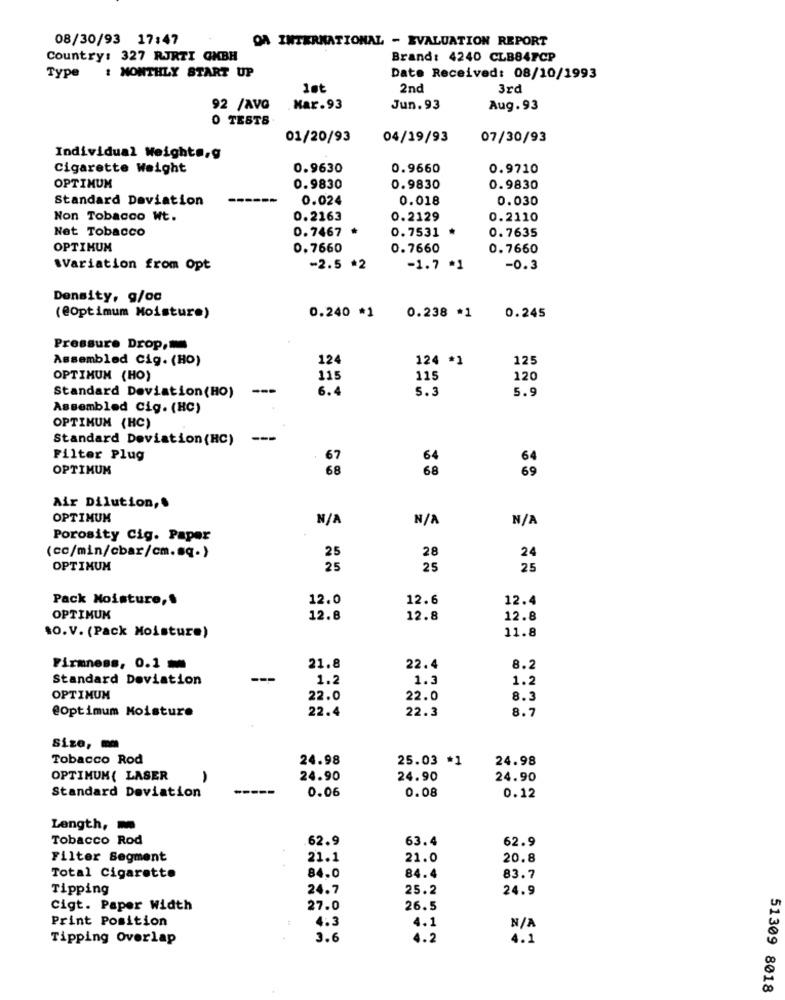
08/30/93 17:47
DA INTERNATIONAL - EVALUATION REPORT
Country: 327 RJRTI GMBH
Brand: 4240 CLB84FCP
Type
: MONTHLY START UP
Date Received: 08/10/1993
1st
2nd
3rd
92 /AVG
Har.93
Jun. 93
Aug. 93
0 TESTS
01/20/93
04/19/93
07/30/93
Individual Weighta,g
Cigarette Weight
0.9630
0.9660
0.9710
OPTIMUM
0.9830
0.9830
0.9830
Standard Deviation
0.024
0.018
0.030
Non Tobacco Wt.
0.2163
0.2129
0.2110
Net Tobacco
0.7467 *
0.7531
0.7635
OPTIKUM
0.7660
0.7660
0.7660
.Variation from Opt
-2.5 *2
-1.7 *1
-0.3
Density, g/oc
0.240 *1
(@Optimum Moisture)
0.238 *1
0.245
Pressure Drop,
Assembled Cig. (HO)
124
124 *1
125
OPTIMUM (HO)
115
115
120
Standard Deviation(HO)
---
6.4
5.3
5.9
Assembled Cig. (HC)
OPTIMUM (HC)
Standard Deviation (HC)
---
Filter Plug
67
64
64
OPTIMUM
68
68
69
Air Dilution ,.
OPTIMUM
Porosity Cig. Paper
28
(co/min/cbar/cm.sq-)
25
24
OPTIMUM
25
25
25
Pack Moisture,
12.0
12.6
12.4
OPTIMUM
12.8
12.8
12.8
10. V. (Pack Moisture)
11.8
Firmness, 0.1
21.8
22.4
8.2
Standard Deviation
1.2
1.3
1.2
OPTIMUM
22.0
22.0
8.3
@Optimum Moisture
22.4
22.3
8.7
Size, -
Tobacco Rod
24.98
25.03 *1
24.98
OPTIMUM( LASER
24.90
24.90
24.90
Standard Deviation
0.06
0.08
0.12
Length,
Tobacco Rod
62.9
63.4
62.9
Filter Segment
21.1
21.0
20.8
4
Total Cigarette
84.0
84.4
83.7
Tipping
24.7
25.2
24.9
Cigt. Paper Width
27.0
26.5
Print Position
4.3
4.1
Tipping Overlap
3.6
4.2
4.1
51309 8018